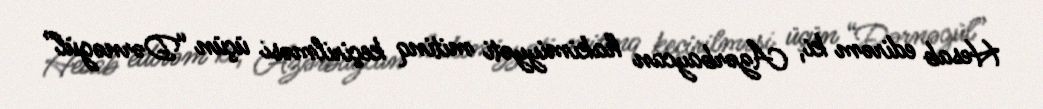
Hesab edirəm ki, Azərbaycan hakimiyyəti mitinq keçirilməsi üçün “Dərnəgül”